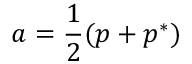
a = \frac { 1 } { 2 } ( p + p ^ { * } )